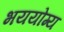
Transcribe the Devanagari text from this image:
भययोग्य